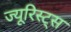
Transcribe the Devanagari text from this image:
ज्यूरिस्ट्स